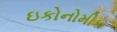
ઇકોનોમીક